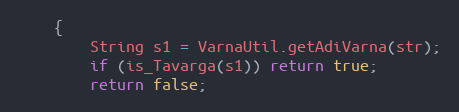
Language: Java
    {
        String s1 = VarnaUtil.getAdiVarna(str);
        if (is_Tavarga(s1)) return true;
        return false;